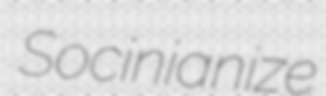
Socinianize